Statistical return of the lunatic asylum in Assam - 1912-1932
Year: 1912
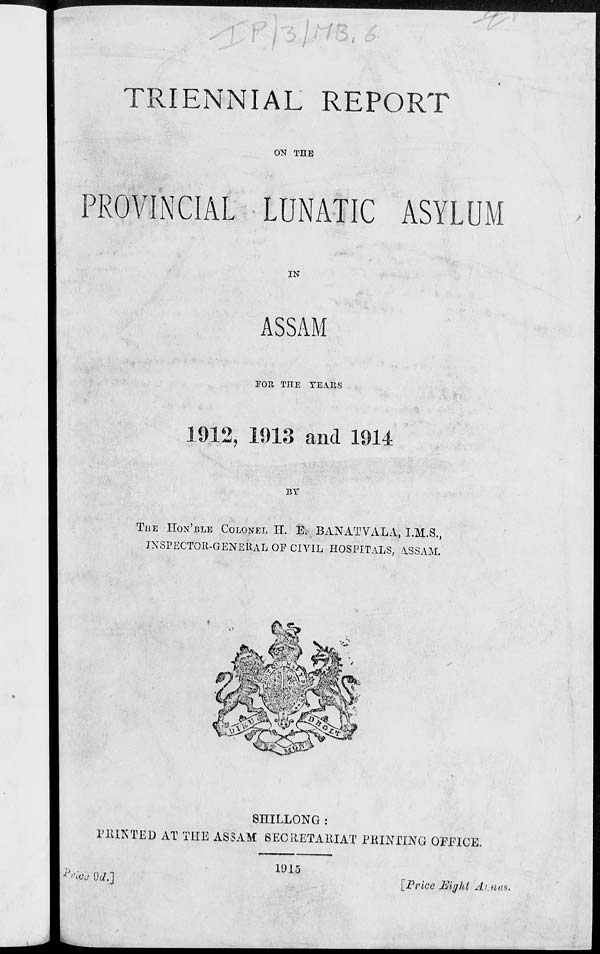
<
TRIENNIAL REPORT
ON THE
ID ROVINCIAL LUNATIC ASYLUM
IN
ASSAM
JOU THE YEARS
1912, 1913 and 1914
BY
THE HON'BLE COLONEL H. E. BANATVALA, I.M.S.,
INSPECTOR-GENERAL OF CIVIL HOSPITALS, ASSAM.
SHILLONG :
FEINTED AT THE ASSAM SECItETAltlAT PEINTING OFFICE.
*?toe \)d.]
11)15
[Price Bight Ainus,